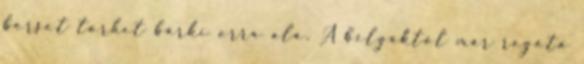
borsot törhet bárki orra alá. A belgáktól már régóta